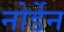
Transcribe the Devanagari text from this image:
नोर्डेन